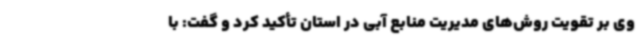
وی بر تقویت روش‌های مدیریت منابع آبی در استان تأکید کرد و گفت: با